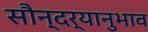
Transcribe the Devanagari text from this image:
सौन्दर्यानुभाव